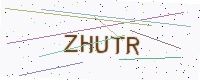
Text: ZHUTR